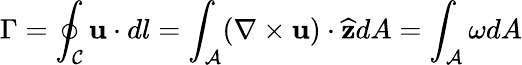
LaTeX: \Gamma=\oint_{\mathcal{C}}\mathbf{u}\cdot dl=\int_{\mathcal{A}}(\nabla\times\mathbf{u})\cdot\widehat{\mathbf{z}}dA=\int_{\mathcal{A}}\omega dA